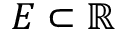
E \subset \mathbb { R }